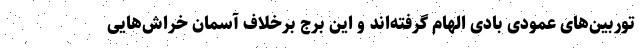
توربین‌های عمودی بادی الهام گرفته‌اند و این برج برخلاف آسمان خراش‌هایی